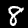
Label: 8